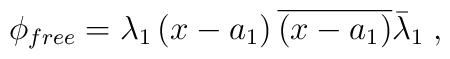
\phi_{free}=\lambda_{1}\left(  x-a_{1}\right)  \overline{\left(x-a_{1}\right)  }\bar{\lambda}_{1}\;,